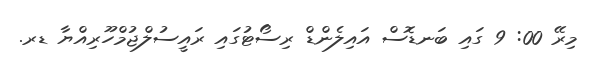
މިރޭ 00: 9 ގައި ބަނޑޮސް އައިލެންޑް ރިސޯޓުގައި ރައީސުލްޖުމްހޫރިއްޔާ ޑރ.